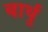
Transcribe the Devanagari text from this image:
बार्थु